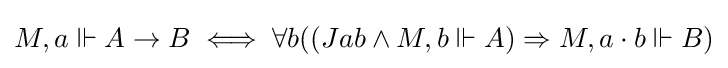
M,a\Vdash A\to B\iff \forall b((Jab\land M,b\Vdash A)\Rightarrow M,a\cdot b\Vdash B)